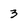
Character: 3